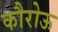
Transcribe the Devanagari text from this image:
कौरोऊ